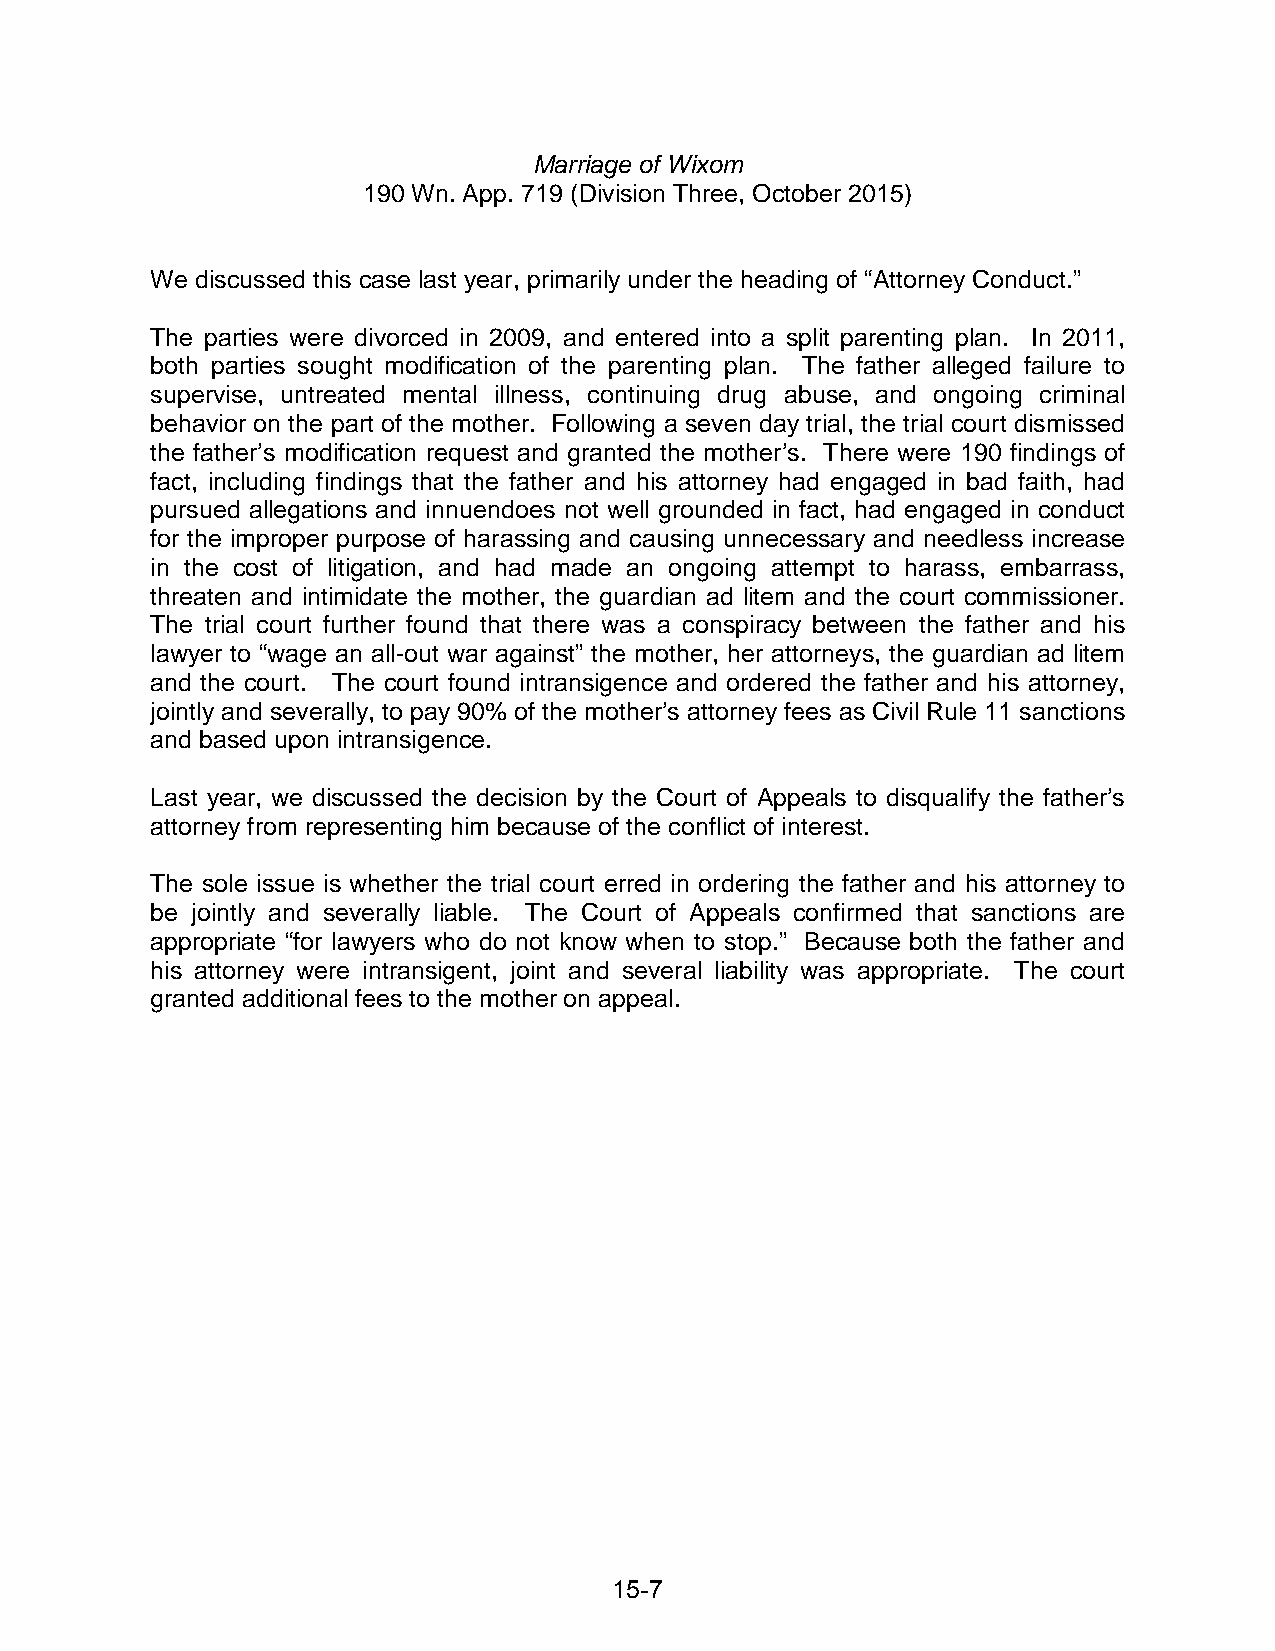
Marriage of Wixom
 190 Wn. App. 719 (Division Three, October 2015)
 We discussed this case last year, primarily under the heading of “Attorney Conduct.”
 The parties were divorced in 2009, and entered into a split parenting plan. In 2011,
 both parties sought modification of the parenting plan. The father alleged failure to
 supervise, untreated mental illness, continuing drug abuse, and ongoing criminal
 behavior on the part of the mother. Following a seven day trial, the trial court dismissed
 the father’s modification request and granted the mother’s. There were 190 findings of
 fact, including findings that the father and his attorney had engaged in bad faith, had
 pursued allegations and innuendoes not well grounded in fact, had engaged in conduct
 for the improper purpose of harassing and causing unnecessary and needless increase
 in the cost of litigation, and had made an ongoing attempt to harass, embarrass,
 threaten and intimidate the mother, the guardian ad litem and the court commissioner.
 The trial court further found that there was a conspiracy between the father and his
 lawyer to “wage an all-out war against” the mother, her attorneys, the guardian ad litem
 and the court. The court found intransigence and ordered the father and his attorney,
 jointly and severally, to pay 90% of the mother’s attorney fees as Civil Rule 11 sanctions
 and based upon intransigence.
 Last year, we discussed the decision by the Court of Appeals to disqualify the father’s
 attorney from representing him because of the conflict of interest.
 The sole issue is whether the trial court erred in ordering the father and his attorney to
 be jointly and severally liable. The Court of Appeals confirmed that sanctions are
 appropriate “for lawyers who do not know when to stop.” Because both the father and
 his attorney were intransigent, joint and several liability was appropriate. The court
 granted additional fees to the mother on appeal.
 15-7